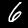
Label: 6